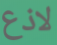
لاذع